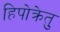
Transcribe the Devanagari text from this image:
हिपोक्रेतु